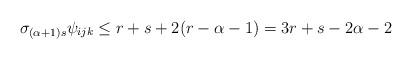
LaTeX: \begin{align*}\sigma_{(\alpha+1)s} \psi_{ijk} \leq r+s+2(r-\alpha-1) = 3r+s-2\alpha-2\end{align*}